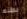
بطنها